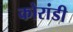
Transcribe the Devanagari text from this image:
कोरांडी